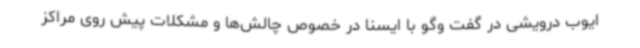
ایوب درویشی در گفت وگو با ایسنا در خصوص چالش‌ها و مشکلات پیش روی مراکز